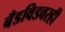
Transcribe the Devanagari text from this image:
बँडविडवरही